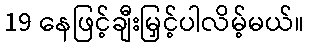
19 နေဖြင့်ချီးမြှင့်ပါလိမ့်မယ်။